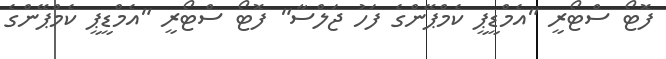
ފޮޓޯ ސްޓޯރީ "އެމްޑީޕީ ކެމްޕޭންގެ ފަހު ޖަލްސާ" ފޮޓޯ ސްޓޯރީ "އެމްޑީޕީ ކެމްޕޭންގެ